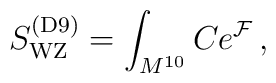
S_{\rm WZ}^{\rm (D9)}= \int_{M^{10}} C e^{{\cal F}}\, ,